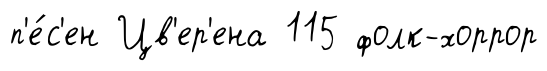
п'е́с'ен Цв'ер'ена 115 фолк-хоррор